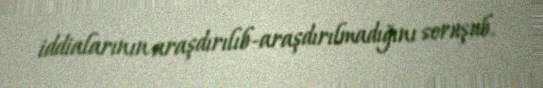
iddialarının araşdırılıb-araşdırılmadığını soruşub.